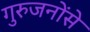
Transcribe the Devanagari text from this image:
गुरुजनोंसे